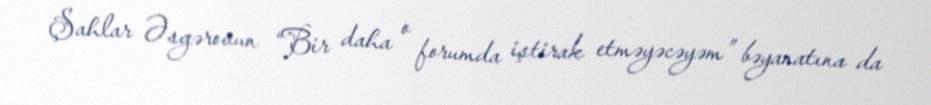
Şahlar Əsgərovun “Bir daha o forumda iştirak etməyəcəyəm” bəyanatına da